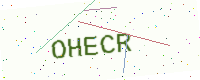
Text: OHECR